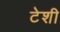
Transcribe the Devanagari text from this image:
टेशी